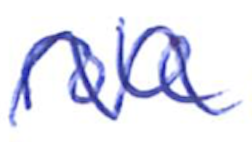
Text: role
Cross-out: wave
Writing tool: ballpoint